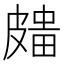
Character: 𥀒